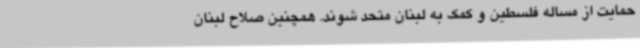
حمایت از مساله فلسطین و کمک به لبنان متحد شوند. همچنین صلاح لبنان